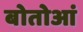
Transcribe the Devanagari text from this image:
बोतोआं